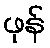
ဖုန်